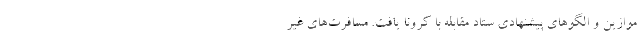
موازین و الگوهای پیشنهادی ستاد مقابله با کرونا یافت. مسافرت‌های غیر